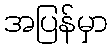
အပြန်မှာ